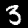
Label: 3